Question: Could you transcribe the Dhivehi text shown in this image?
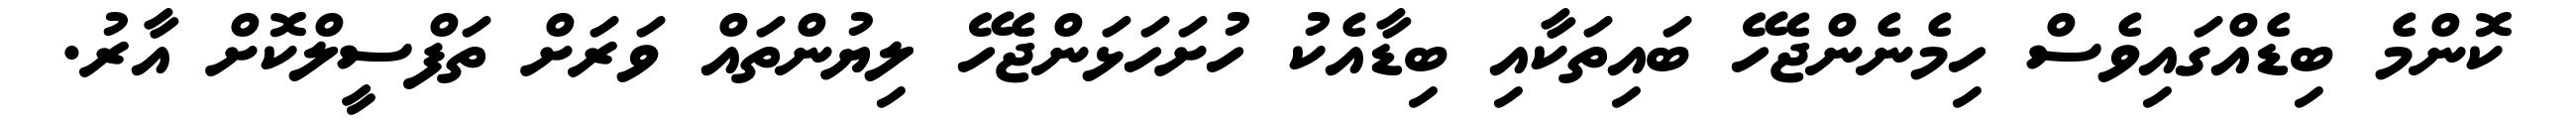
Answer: ކޮންމެ ބިޑެއްގައިވެސް ހިމެނެންޖެހޭ ބައިތަކާއި ބިޑާއެކު ހުށަހަޅަންޖެހޭ ލިޔުންތައް ވަރަށް ތަފްސީލްކޮށް އާރު.